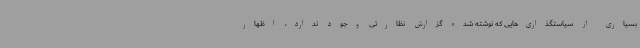
بسیاری از سیاستگذاری‌هایی که نوشته شده گزارش نظارتی وجود ندارد، اظهار